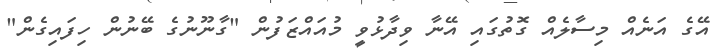
އޭގެ އަނެއް މިސާލެއް ގޮތުގައި އޭނާ ވިދާޅުވީ މުއައްޒަފުން "ގާނޫނުގެ ބޭނުން ހިފައިގެން"